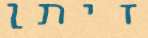
זיתן